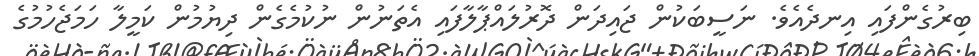
ބިރުގެންފައި އިނދެއެވެ. ނަސީބަކުން ޖައިދަން ދޮރުލައްޕާލާފައި އެތަނުން ނުކުމެގެން ދިޔުމުން ކަމީލާ ހަމަޖެހުމުގެ